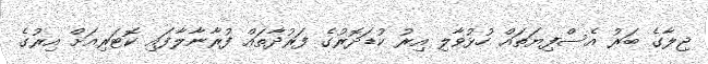
ޖިލާގެ ބަރު އެސްފިޔަތައް ހުޅުވާލި އިރު ކުޑަދޮރުގެ ފަރުދާތައް ފުރާނާލާފައި ކޮޓަރިއަށް އިރުގެ